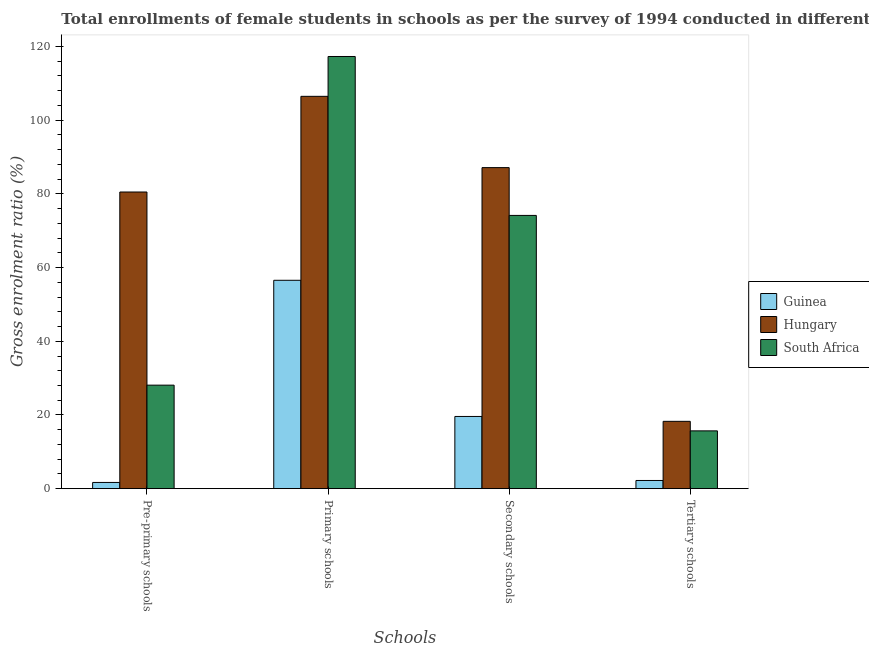
| Schools | Guinea | Hungary | South Africa |
 | --- | --- | --- | --- |
 | Pre-primary schools | 1.69 | 80.5 | 28.1 |
 | Primary schools | 56.6 | 106 | 117 |
 | Secondary schools | 19.6 | 87.1 | 74.2 |
 | Tertiary schools | 2.22 | 18.3 | 15.7 |